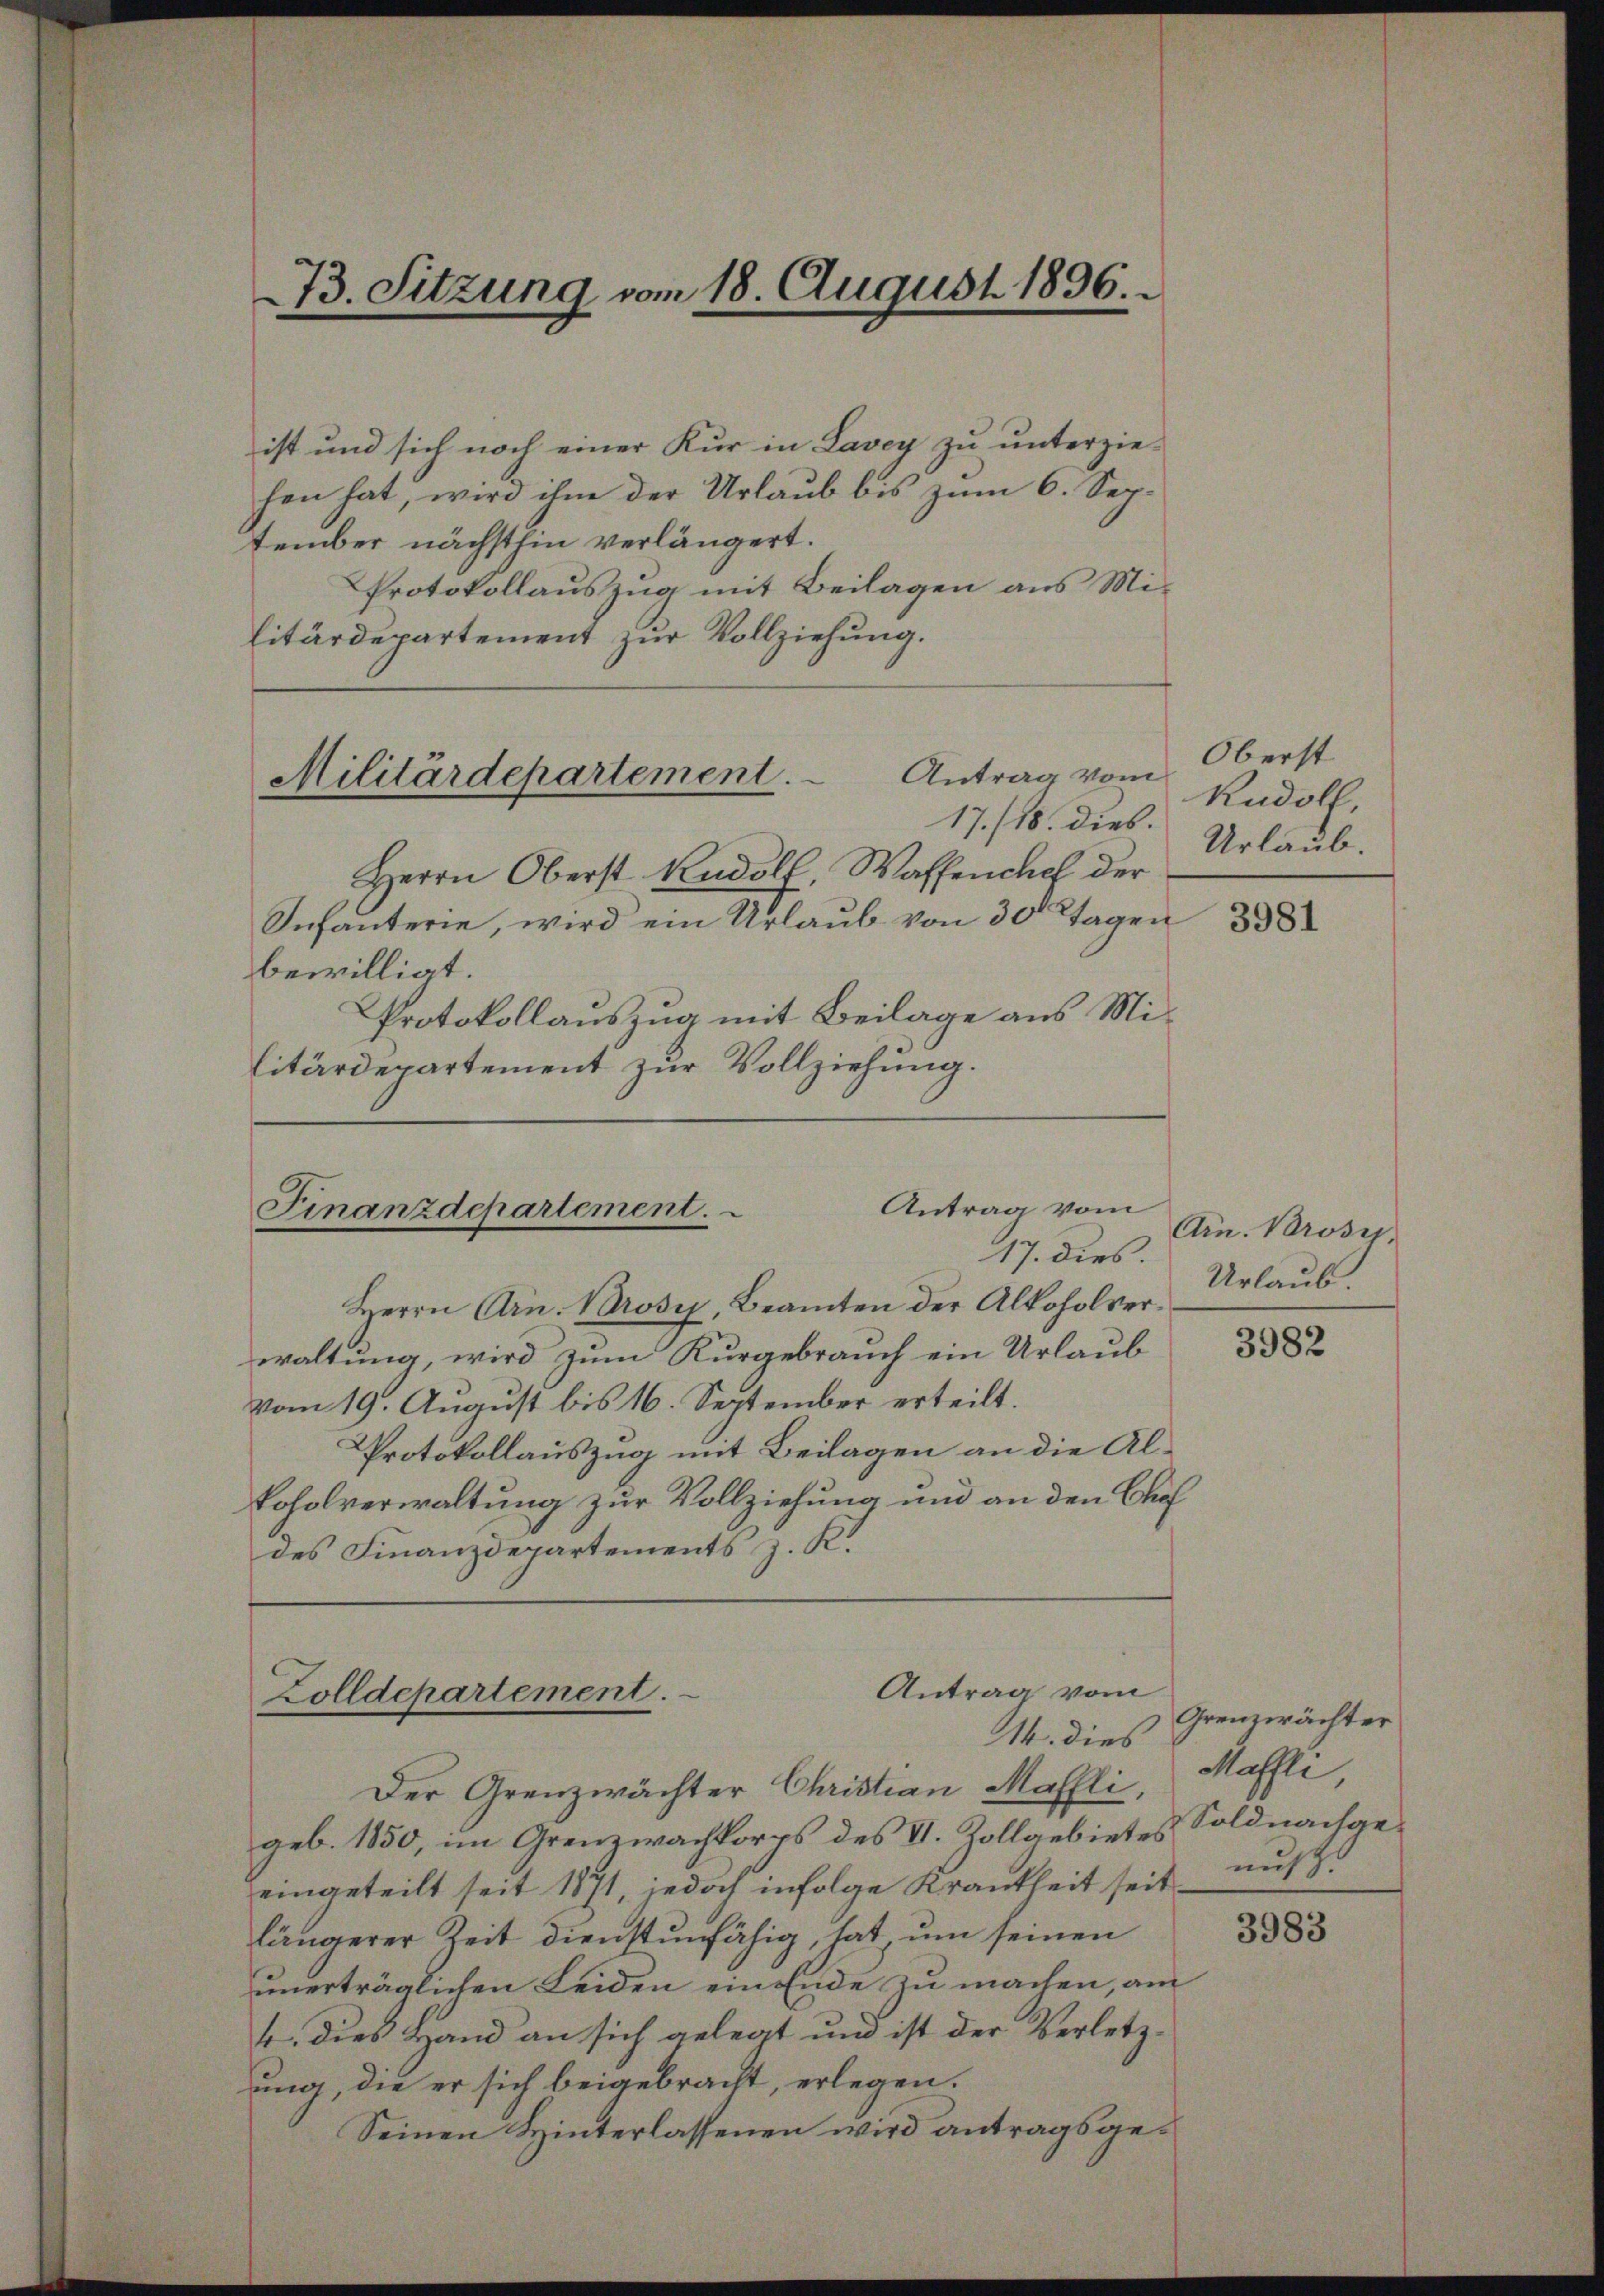
73. Sitzung vom 18. August 1836.

ist und sich noch einer Kur in Lavey zu unterzie-
hen hat, wird ihm der Urlaub bis zum 6. September nächsthin verlängert.
Protokollauszug mit Beilagen aus Militärdepartement zur Vollziehung.
Militärdepartement. Antrag vom
17./18. dies.
Herrn Oberst Rudolf, Waffenchef der
Infanterie, wird ein Urlaub von 30 Tagen
bewilligt.
Protokollauszug mit Beilage aus Mi¬
Eitärdepartement zur Vollziehung.

Antrag vom
Finanzdepartement.
17. dies.

Antrag vom
Zolldepartement.
M. dies

Herrn Arn. Vorosi, Beamten der Alkoholverwaltung, wird zum Kurgebrauch ein Urlaub
vom 19. August bis 16. September erteilt.
Protokollauszug mit Beilagen an die Alkoholverwaltung zur Vollziehung und an den Cho
des Finanzdepartements z. K.

Der Grenzwächter Christian Mahlli, Maffli
geb. 1850, im Grenzwachkorps des VI. Zollgebietes Soldnachgeeingeteilt seit 1871, jedoch infolge Krankheit seit
längerer Zeit dienstunfähig, hat, um seinen
unerträglichen Leiden ein Ende zu machen, am
4. dies Hand an sich gelegt und ist der Verletzung, die er sich beigebracht, erlegen.
Seinen Hinterlassenen wird antragsge¬

Oberst
Rudolf,
Urlaub.

3981

Arn. Brosi,
Urlaub.

3982

Grenzwächter
muß.

3983